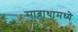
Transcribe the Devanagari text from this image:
साब्राथामध्ये